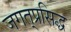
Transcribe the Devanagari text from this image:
जगत्‌प्रसिद्ध